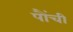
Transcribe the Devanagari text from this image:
पौंची